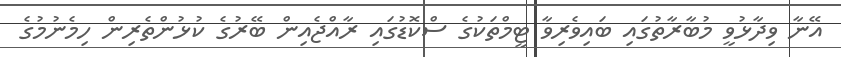
އޭނާ ވިދާޅުވީ މުބާރާތުގައި ބައިވެރިވާ ޓީމްތަކުގެ ސްކޮޑުގައި ރާއްޖެއިން ބޭރުގެ ކުޅުންތެރިން ހިމެނުމުގެ